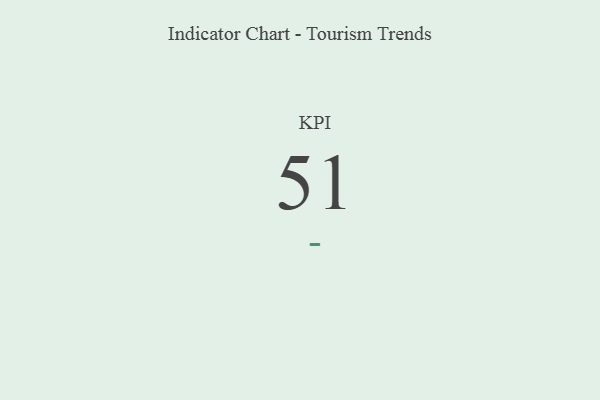
{"axis": {"x": "KPI", "y": "Value"}, "legend": [""], "data": [{"x": "KPI", "y": 51, "type": ""}]}